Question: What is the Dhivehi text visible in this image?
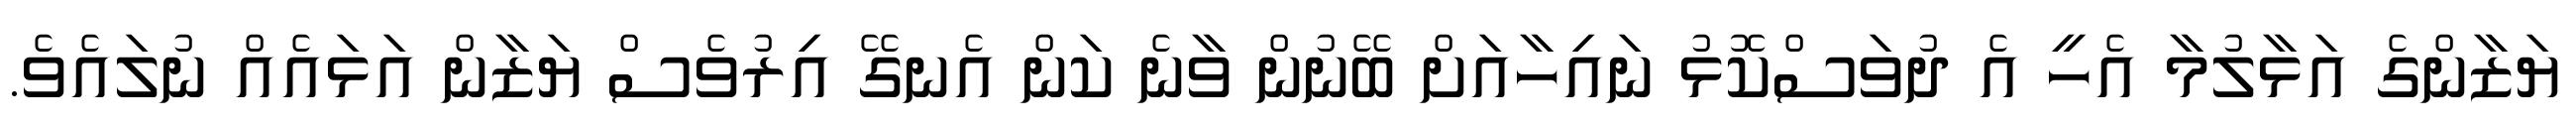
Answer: ޔަޒާންގެ އަޅާލުމާ އެހީ އެ ދުވަސްކޮޅު ނައިހާއަށް ބޭނުން ވާނެ ކަން އެނގޭ އިރުވެސް ޔަޒާން އަޅައެއް ނުލައެވެ.